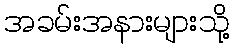
အခမ်းအနားများသို့